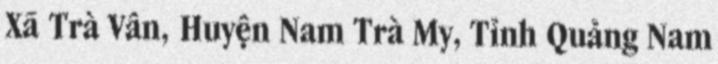
Xã Trà Vân, Huyện Nam Trà My, Tỉnh Quảng Nam